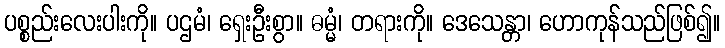
ပစ္စည်းလေးပါးကို။ ပဌမံ၊ ရှေးဦးစွာ။ ဓမ္မံ၊ တရားကို။ ဒေသေန္တာ၊ ဟောကုန်သည်ဖြစ်၍။